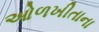
ઓળખીતાના